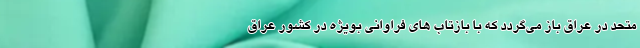
متحد در عراق باز می‌گردد که با بازتاب های فراوانی بویژه در کشور عراق